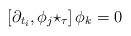
LaTeX: \begin{align*} \left[ \partial_{t_i}, \phi_j \star_\tau \right] \phi_k = 0 \end{align*}